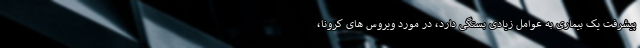
پیشرفت یک بیماری به عوامل زیادی بستگی دارد، در مورد ویروس های کرونا،